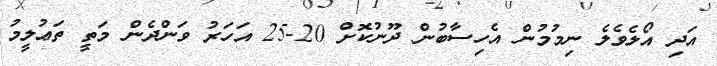
އަދި އޯލެވެލެ ނިމުމުން އެހިސާބުން ދޫނުކޮށް 20-25 އަހަރު ވަންދެން މަތީ ތަޢުލީމު